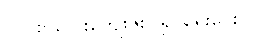
လိပ်စာလေးကျေးဇူးပြု၍ ရေးပေးပါ။